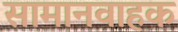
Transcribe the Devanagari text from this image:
सामानवाहक